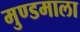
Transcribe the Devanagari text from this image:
मुण्डमाला